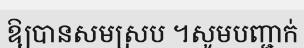
ឱ្យបានសមស្រប ។សូមបញ្ជាក់